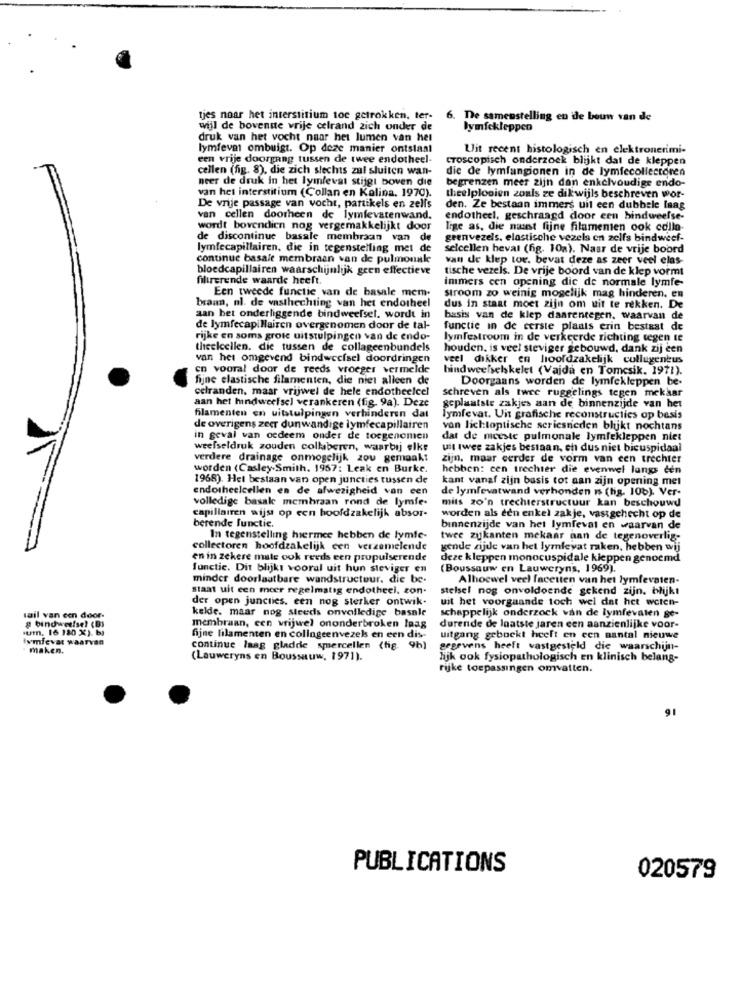
tjes naar het interstitium toc getrokken, ter- 6. De samenstelling en ide bouw van de
wijl de bovenste vrije celrand zich onder de
lymfekleppen
druk van het vocht naar het lumen van het
lymfevat ombuigt. Op deze manier ontstaat
Uit recent histologisch en elektronerimi-
een vrije doorgang tussen de twee endotheel-
cToscopisch onderzoek blijkt dat de kleppen
cellen (fig. 8), die zich slechts zal sluiten wan-
die de lymfungionen in de lymfecollectoren
neer de druk In het lymfevat stijgt boven die
begrenzen meer zijn dan enkelvoudige endo-
van het interstitium (Collan en Kalina. 1970).
theelplooien zoals ze dikwijls beschreven wor-
De vrije passage van vocht, partikels en zelfs
den. Ze bestaan immers uit een dubbele Inag
van cellen doorheen de lymfevatenwand.
endotheel, geschraagd door een bindweefse
wordt bovendien nog vergemakkelijkt door
lige as, die naust fijne filamenten ook colla-
de discontinue basale membraan van de
geenvezels. elastische vezels en zelfs bindweef-
lymfecapillairen, die in tegenstelling met de
selcellen heval (fig. 10a). Naar de vrije boord
continue basale membraan van de pulmonale
van de klep tor. bevat deze as zeer veel elas-
bloedcapillairen waarschijnlijk geen effectieve
tische vezels. De vrije boord van de klep vormt
filtrerende waarde heeft.
Een tweede functie van de basale mem.
immers cen opening dic de normale lymfe-
brann, nl. de vasthechting van het endotheel
stroom zo weinig mogelijk mag hinderen. en
dus in staat moet zijn om uit te rekken. De
aan het onderliggende bindweefsel. wordt in
basis van de klep daarentegen. waarvan de
de lymfecapillairen overgenomen door de tal-
functie in de eerste plaats erin bestaat de
rijke en soms grote uitstulpingen van de endo-
lymfestroom in de verkeerde richting tegen te
theeicellen. die tussen de collageenbundels
houden, is veel steviger gebouwd, dank zij een
van het omgevend bindweefsel doordringen
veel dikker en hoofdzakelijk collugengus
cn vooral door de reeds vroeger vermelde
bindweefselskelet (Vajda en Tomcsik. 1971).
fijne elastische filamenten, die niet alleen de
Doorgaans worden de lymfekleppen be-
celranden, maar vrijwel de hele endotheelcel
schreven als twee ruggelings tegen mekaar
aan het hindweefsel verankeren (fig. 9a). Deze
geplaatste zakjes aan de binnenzijde van het
filamenten en uitstulpingen verhinderen dat
lymfevat. Uit grafische reconstructies op basis
de overigens zeer dunwandige lymfecapillairen
van lichtoptische seriesneden blijkt nochtans
in geval van oedeem onder de toegenomen
dat de meeste pulmonale lymfekleppen niet
weefseldruk zouden collaberen, waarbij elke
uit twee zakjes bestaan, et dus niet bicuspidaal
verdere drainage onmogelijk zou gemaakt
zijn, maar cerder de vorm van een trechter
worden (Casley.Smith. 1957: Leak en Burke.
hebben: cen trechier die evenwel langs den
1968). Het bestaan van open juncties tussen de
kant vanaf zijn basis tot aan zijn opening met
endotheelcellen en de afwezigheid van een
de lymfevatwand verhonden is (hg. 106). Ver-
volledige basale membraan rond de lymfe-
mits zo'n trechterstructuur kan beschouwd
capillairen wijst op een hoofdzakelijk absor-
berende functie.
worden als een enkel zakje, vassgehecht op de
binnenzijde van het lymfevat en waarvan de
In tegenstelling hiermee hebben de lymfe-
twee zijkanten mekaar aan de tegenoverlig-
collectoren hoofdzakelijk een verzamelende
gende zijde van het lymfeyat raken, hebben wij
en in zekere mate ook reeds een propulserende
deze kleppen monocuspidale kleppen genoemd
functie. Dit blijkt vooral uit hun steviger en
(Boussauw en Lauweryns, 1969).
minder doorlaatbare wandstructuur. die be-
Alhoewel veel facetten van het lymfevaten-
staat uit een mcer regelmatig endotheel, zon-
stelsel nog onvoldoende gekend zijn. blijkt
der open juncties. een nog sterker ontwik-
uit het voorgaande toch wel dat het weten-
kelde. maar nog steeds onvolledige basale
tail van een door-
g bindweefsel (B)
schappelijk onderzock van de lymfevaten ge-
sur. 16 120 X). b)
membraan, een vrijwel ononderbroken laag
durende de laatste jaren een aanzienlijke voor-
lymfevat waarvan
fijne filamenten en collageenvezels en een dis-
uitgang geboekt heeft en een aantal nieuwe
maken.
continue laag gladde smercellen (fig. 9h)
gegevens heeft vastgesteld die waarschijn-
(Lauweryns en Boussauw, 1971).
lijk ook fysiopathologisch en klinisch belang-
rijke toepassingen omvatten.
91
PUBLICATIONS
020579